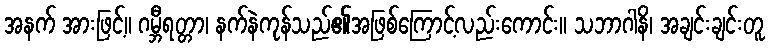
အနက် အားဖြင့်။ ဂမ္ဘီရတ္တာ၊ နက်နဲကုန်သည်၏အဖြစ်ကြောင့်လည်းကောင်း။ သဘာဂါနိ၊ အချင်းချင်းတူ